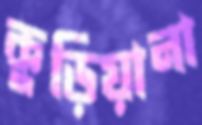
কুড়িয়ানা